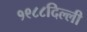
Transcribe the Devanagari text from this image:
१९८८दिल्ली